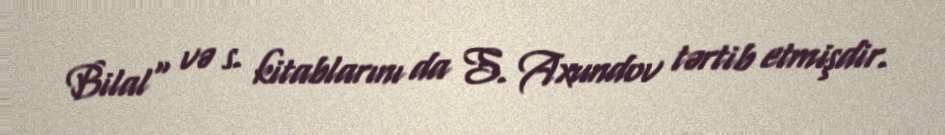
Bilal" və s. kitablarını da S. Axundov tərtib etmişdir.